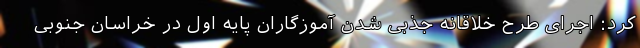
کرد: اجرای طرح خلاقانه جذبی شدن آموزگاران پایه اول در خراسان جنوبی